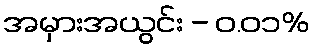
အမှားအယွင်း - ၀.၀၁%